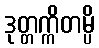
ဒုတ္တက္ကိတမ္ပိ